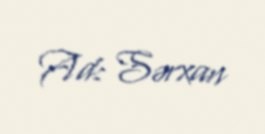
Ad: Sərxan